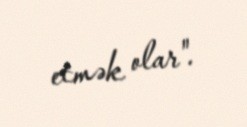
etmək olar".